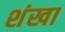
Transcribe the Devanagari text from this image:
शंखा